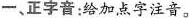
一、正字音：给加点字注音。